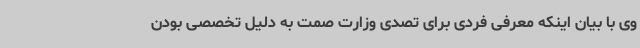
وی با بیان اینکه معرفی فردی برای تصدی وزارت صمت به دلیل تخصصی بودن